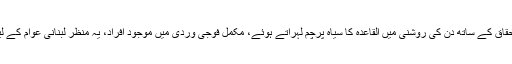
لبنانی سرزمین پر بھرپور استحقاق کے ساتھ دن کی روشنی میں القاعدہ کا سیاہ پرچم لہراتے ہوئے، مکمل فوجی وردی میں موجود افراد، یہ منظر لبنانی عوام کے لیے ذلت آمیز اور تکلیف دہ تھا۔